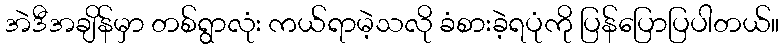
အဲဒီအချိန်မှာ တစ်ရွာလုံး ကယ်ရာမဲ့သလို ခံစားခဲ့ရပုံကို ပြန်ပြောပြပါတယ်။